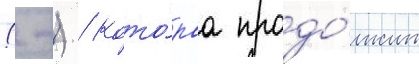
(-) / кото́раа продо́лжит